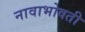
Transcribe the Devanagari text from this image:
नावाभोवती